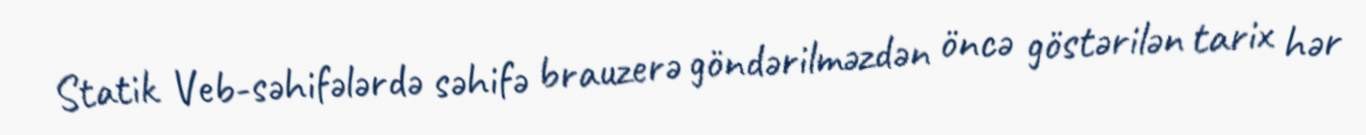
Statik Veb-səhifələrdə səhifə brauzerə göndərilməzdən öncə göstərilən tarix hər